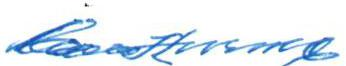
Mauno Hurme